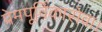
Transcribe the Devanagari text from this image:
प्रेमपूर्विकासेवा।